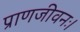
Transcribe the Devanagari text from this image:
प्राणजीवनः।